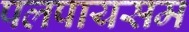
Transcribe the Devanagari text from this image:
पलपायसम